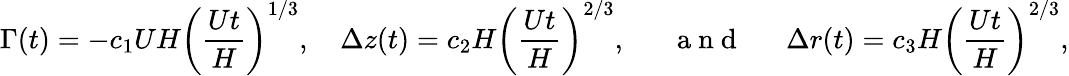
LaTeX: \Gamma(t)=-c_{1}UH\bigg(\frac{Ut}{H}\bigg)^{1/3},\quad\Delta z(t)=c_{2}H\bigg(\frac{Ut}{H}\bigg)^{2/3},\mathrm{~~~~~~~a~n~d~~~~~~~}\Delta r(t)=c_{3}H\bigg(\frac{Ut}{H}\bigg)^{2/3},